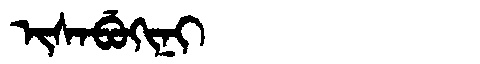
Manchu: ᡳᠰᠠᠪᡠᡴᡳᠨᡳ
Romanization: ISABUKINI